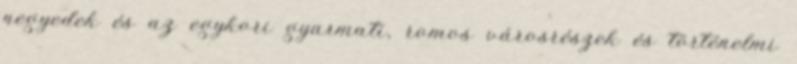
negyedek és az egykori gyarmati, romos városrészek és történelmi